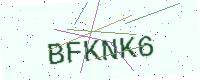
Text: BFKNK6